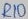
Text: R10